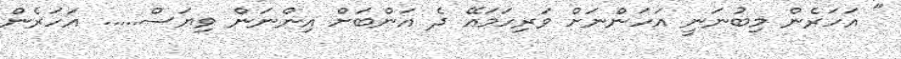
" އަހަރެން މިބުނަނީ އަހަންނަށް ވަރިހަމައޭ ދެ އަންބަށް އިންނަން ވިޔަސް..... އަހަރެން